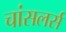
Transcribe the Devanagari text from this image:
चांसलर्स